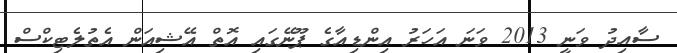
ސާއިދު ވަނީ 2013 ވަނަ އަހަރު އިންޑިއާގެ ޕޫނޭގައި އޮތް އޭޝިއަން އެތުލެޓިކްސް